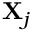
\mathbf { X } _ { j }